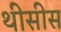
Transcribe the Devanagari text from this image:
थीसीस